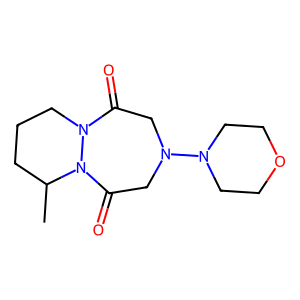
SMILES: CC1CCCN2C(=O)CN(N3CCOCC3)CC(=O)N12
Inhibits HIV replication: No